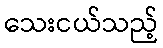
သေးငယ်သည့်